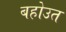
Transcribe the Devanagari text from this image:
बहोउत